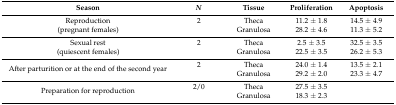
| Season | N | Tissue | Proliferation | Apoptosis |
 | --- | --- | --- | --- | --- |
 | <ROWSPAN=2> Reproduction (pregnant females) | 2 | Theca | 11.2 ± 1.8 | 14.5 ± 4.9 |
 |  | Granulosa | 28.2 ± 4.6 | 11.3 ± 5.2 |
 | <ROWSPAN=2> Sexual rest (quiescent females) | 2 | Theca | 2.5 ± 3.5 | 32.5 ± 3.5 |
 |  | Granulosa | 22.5 ± 3.5 | 26.2 ± 5.3 |
 | <ROWSPAN=2> After parturition or at the end of the second year | 2 | Theca | 24.0 ± 1.4 | 13.5 ± 2.1 |
 |  | Granulosa | 29.2 ± 2.0 | 23.3 ± 4.7 |
 | <ROWSPAN=2> Preparation for reproduction | 2/0 | Theca | 27.5 ± 3.5 |  |
 |  | Granulosa | 18.3 ± 2.3 |  |